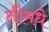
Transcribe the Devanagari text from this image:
तीमधे